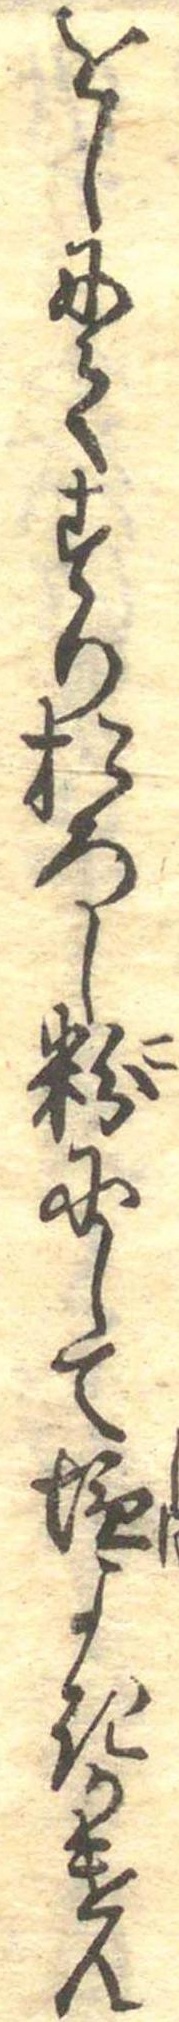
をしにてすりおろし粉にして塩よきかけん